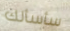
سأسألك